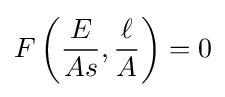
F\left({\frac {E}{As}},{\frac {\ell }{A}}\right)=0